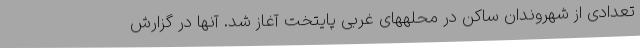
تعدادی از شهروندان ساکن در محلههای غربی پایتخت آغاز شد. آنها در گزارش